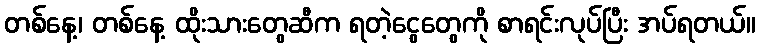
တစ်နေ့၊ တစ်နေ့ ထိုးသားတွေဆီက ရတဲ့ငွေတွေကို စာရင်းလုပ်ပြီး အပ်ရတယ်။